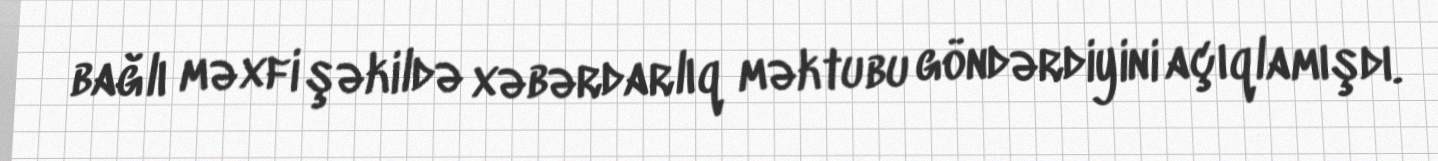
bağlı məxfi şəkildə xəbərdarlıq məktubu göndərdiyini açıqlamışdı.